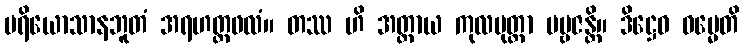
ပရိယောသာနဘူတံ အရဟတ္တဖလံ။ တဿ ဟိ အတ္ထာယ ကုလပုတ္တာ ပဗ္ဗဇန္တိ။ ဒိဋ္ဌေဝ ဓမ္မေတိ